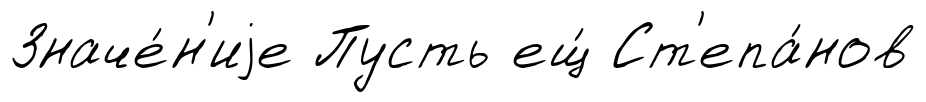
Значе́н'иjе Пусть ещ́ Ст'епа́нов